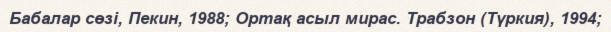
Бабалар сөзі, Пекин, 1988; Ортақ асыл мирас. Трабзон (Түркия), 1994;